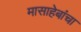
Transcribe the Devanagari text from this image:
मासाहेबांचा